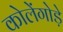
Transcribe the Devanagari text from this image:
कोलेंगोड़े